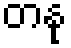
တနု